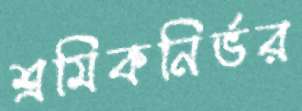
শ্রমিকনির্ভর